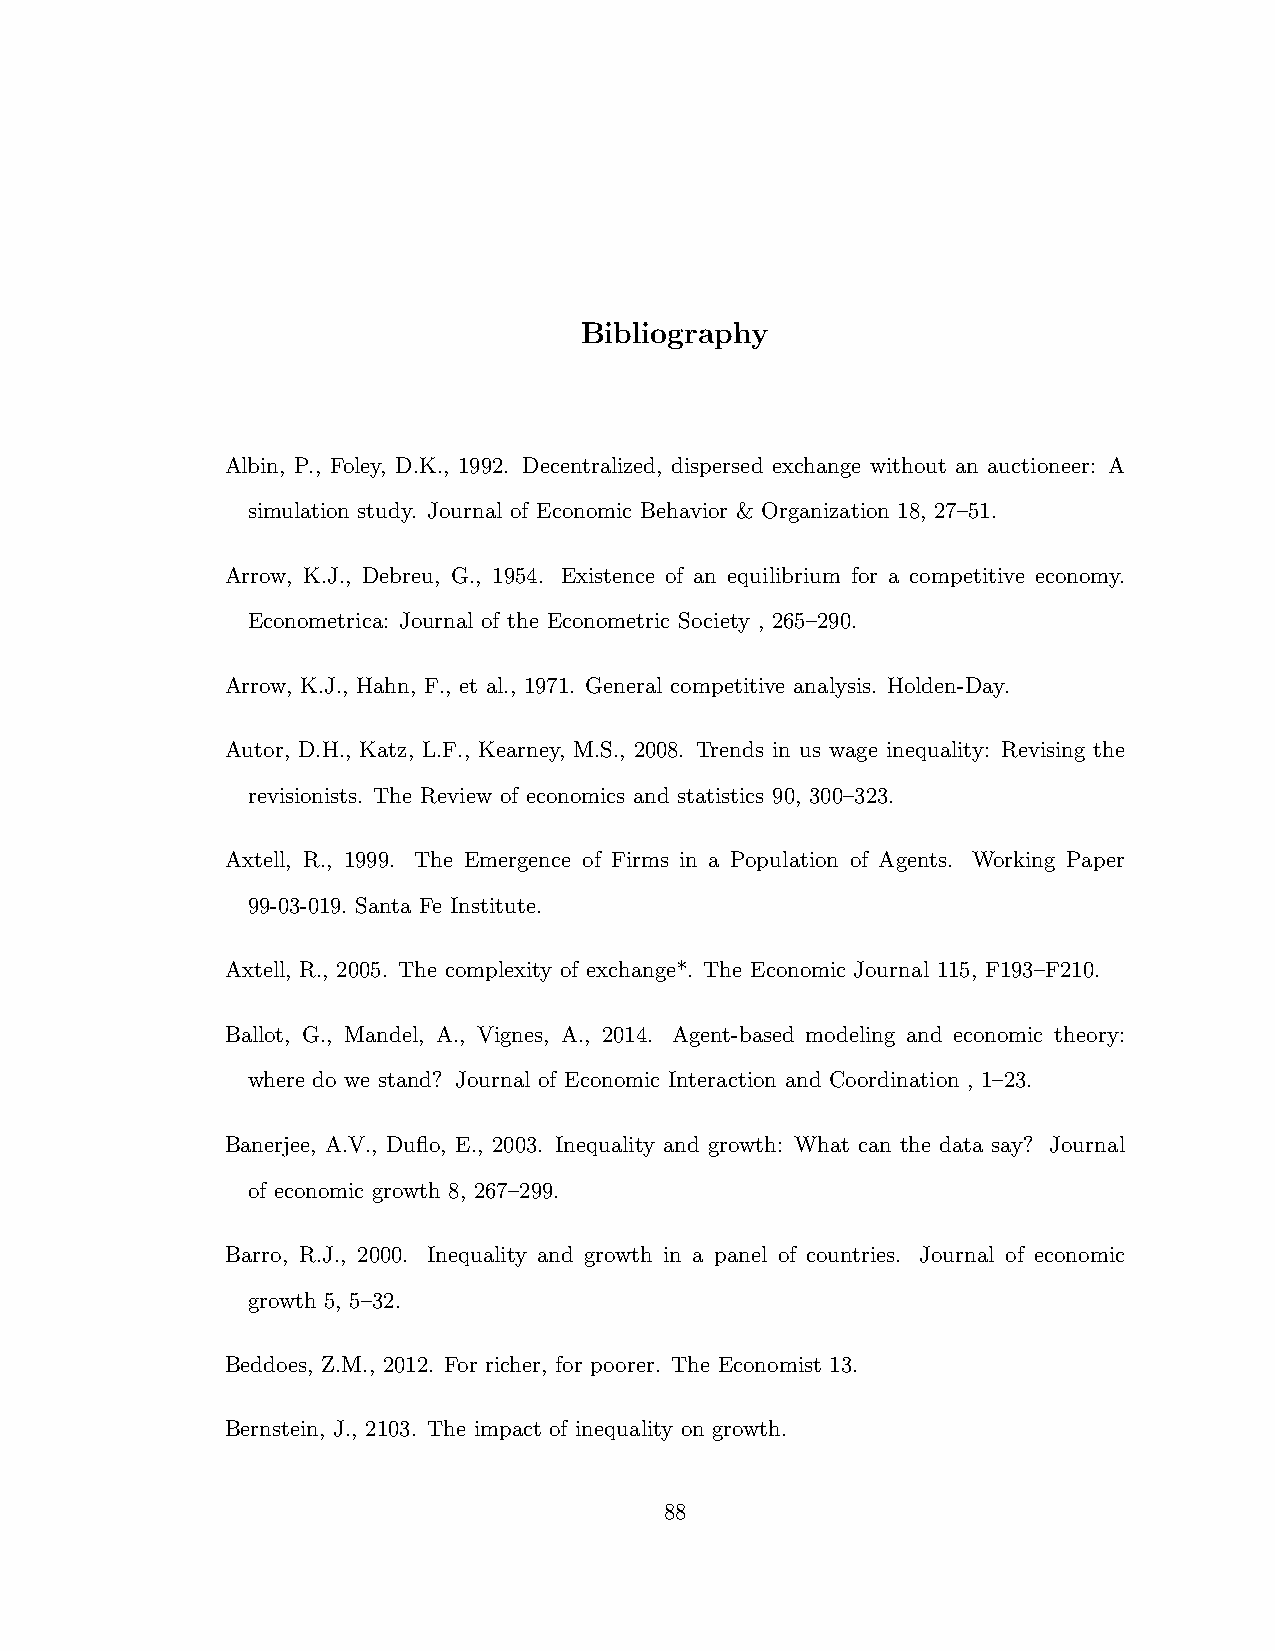
Bibliography
 Albin, P., Foley, D.K., 1992. Decentralized, dispersed exchange without an auctioneer: A
 simulation study. Journal of Economic Behavior & Organization 18, 27–51.
 Arrow, K.J., Debreu, G., 1954. Existence of an equilibrium for a competitive economy.
 Econometrica: Journal of the Econometric Society , 265–290.
 Arrow, K.J., Hahn, F., et al., 1971. General competitive analysis. Holden-Day.
 Autor, D.H., Katz, L.F., Kearney, M.S., 2008. Trends in us wage inequality: Revising the
 revisionists. The Review of economics and statistics 90, 300–323.
 Axtell, R., 1999. The Emergence of Firms in a Population of Agents. Working Paper
 99-03-019. Santa Fe Institute.
 Axtell, R., 2005. The complexity of exchange*. The Economic Journal 115, F193–F210.
 Ballot, G., Mandel, A., Vignes, A., 2014. Agent-based modeling and economic theory:
 where do we stand? Journal of Economic Interaction and Coordination , 1–23.
 Banerjee, A.V., Duflo, E., 2003. Inequality and growth: What can the data say? Journal
 of economic growth 8, 267–299.
 Barro, R.J., 2000. Inequality and growth in a panel of countries. Journal of economic
 growth 5, 5–32.
 Beddoes, Z.M., 2012. For richer, for poorer. The Economist 13.
 Bernstein, J., 2103. The impact of inequality on growth.
 88